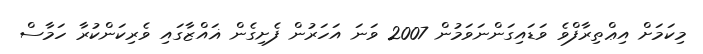
މިކަމަށް އިޢްތިރާފްވެ ވަޑައިގަންނަވަމުން 2007 ވަނަ އަހަރުން ފެށިގެން ޣައްޒާގައި ވެރިކަންކުރާ ހަމާސް